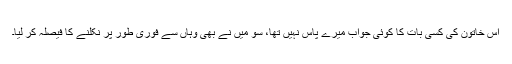
اس خاتون کی کسی بات کا کوئی جواب میرے پاس نہیں تھا، سو میں نے بھی وہاں سے فوری طور پر نکلنے کا فیصلہ کر لیا۔